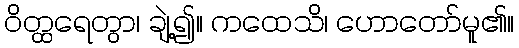
ဝိတ္ထရေတွာ၊ ချဲ့၍။ ကထေသိ၊ ဟောတော်မူ၏။